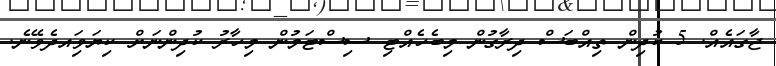
ޖާގައެއް. 5 ކުދިން ތިއްބަސް ދިރާގުން މިބެހެއްޓި ސިސްޓަމުން މިހާރު ކުދިންނަށް ކިޔަވަިއދެވޭނެ.